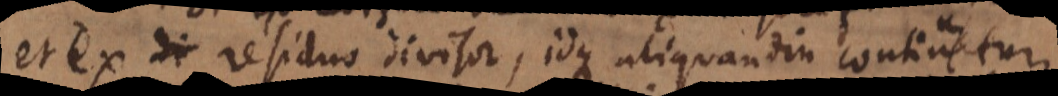
et ex residuo divisor, idque aliquandiu continuetur,